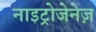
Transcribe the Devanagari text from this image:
नाइट्रोजेनेज़